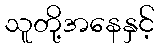
သူတို့အနေနှင့်